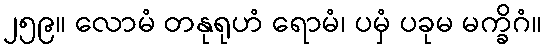
၂၅၉။ လောမံ တနုရုဟံ ရောမံ၊ ပမှံ ပခုမ မက္ခိဂံ။